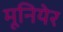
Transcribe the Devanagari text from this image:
मूनियेर